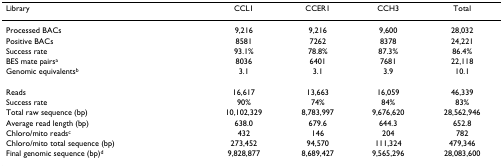
| Library | CCL1 | CCER1 | CCH3 | Total |
 | --- | --- | --- | --- | --- |
 | Processed BACs | 9,216 | 9,216 | 9,600 | 28,032 |
 | Positive BACs | 8581 | 7262 | 8378 | 24,221 |
 | Success rate | 93.1% | 78.8% | 87.3% | 86.4% |
 | BES mate pairsa | 8036 | 6401 | 7681 | 22,118 |
 | Genomic equivalentsb | 3.1 | 3.1 | 3.9 | 10.1 |
 | Reads | 16,617 | 13,663 | 16,059 | 46,339 |
 | Success rate | 90% | 74% | 84% | 83% |
 | Total raw sequence (bp) | 10,102,329 | 8,783,997 | 9,676,620 | 28,562,946 |
 | Average read length (bp) | 638.0 | 679.6 | 644.3 | 652.8 |
 | Chloro/mito readsc | 432 | 146 | 204 | 782 |
 | Chloro/mito total sequence (bp) | 273,452 | 94,570 | 111,324 | 479,346 |
 | Final genomic sequence (bp)d | 9,828,877 | 8,689,427 | 9,565,296 | 28,083,600 |